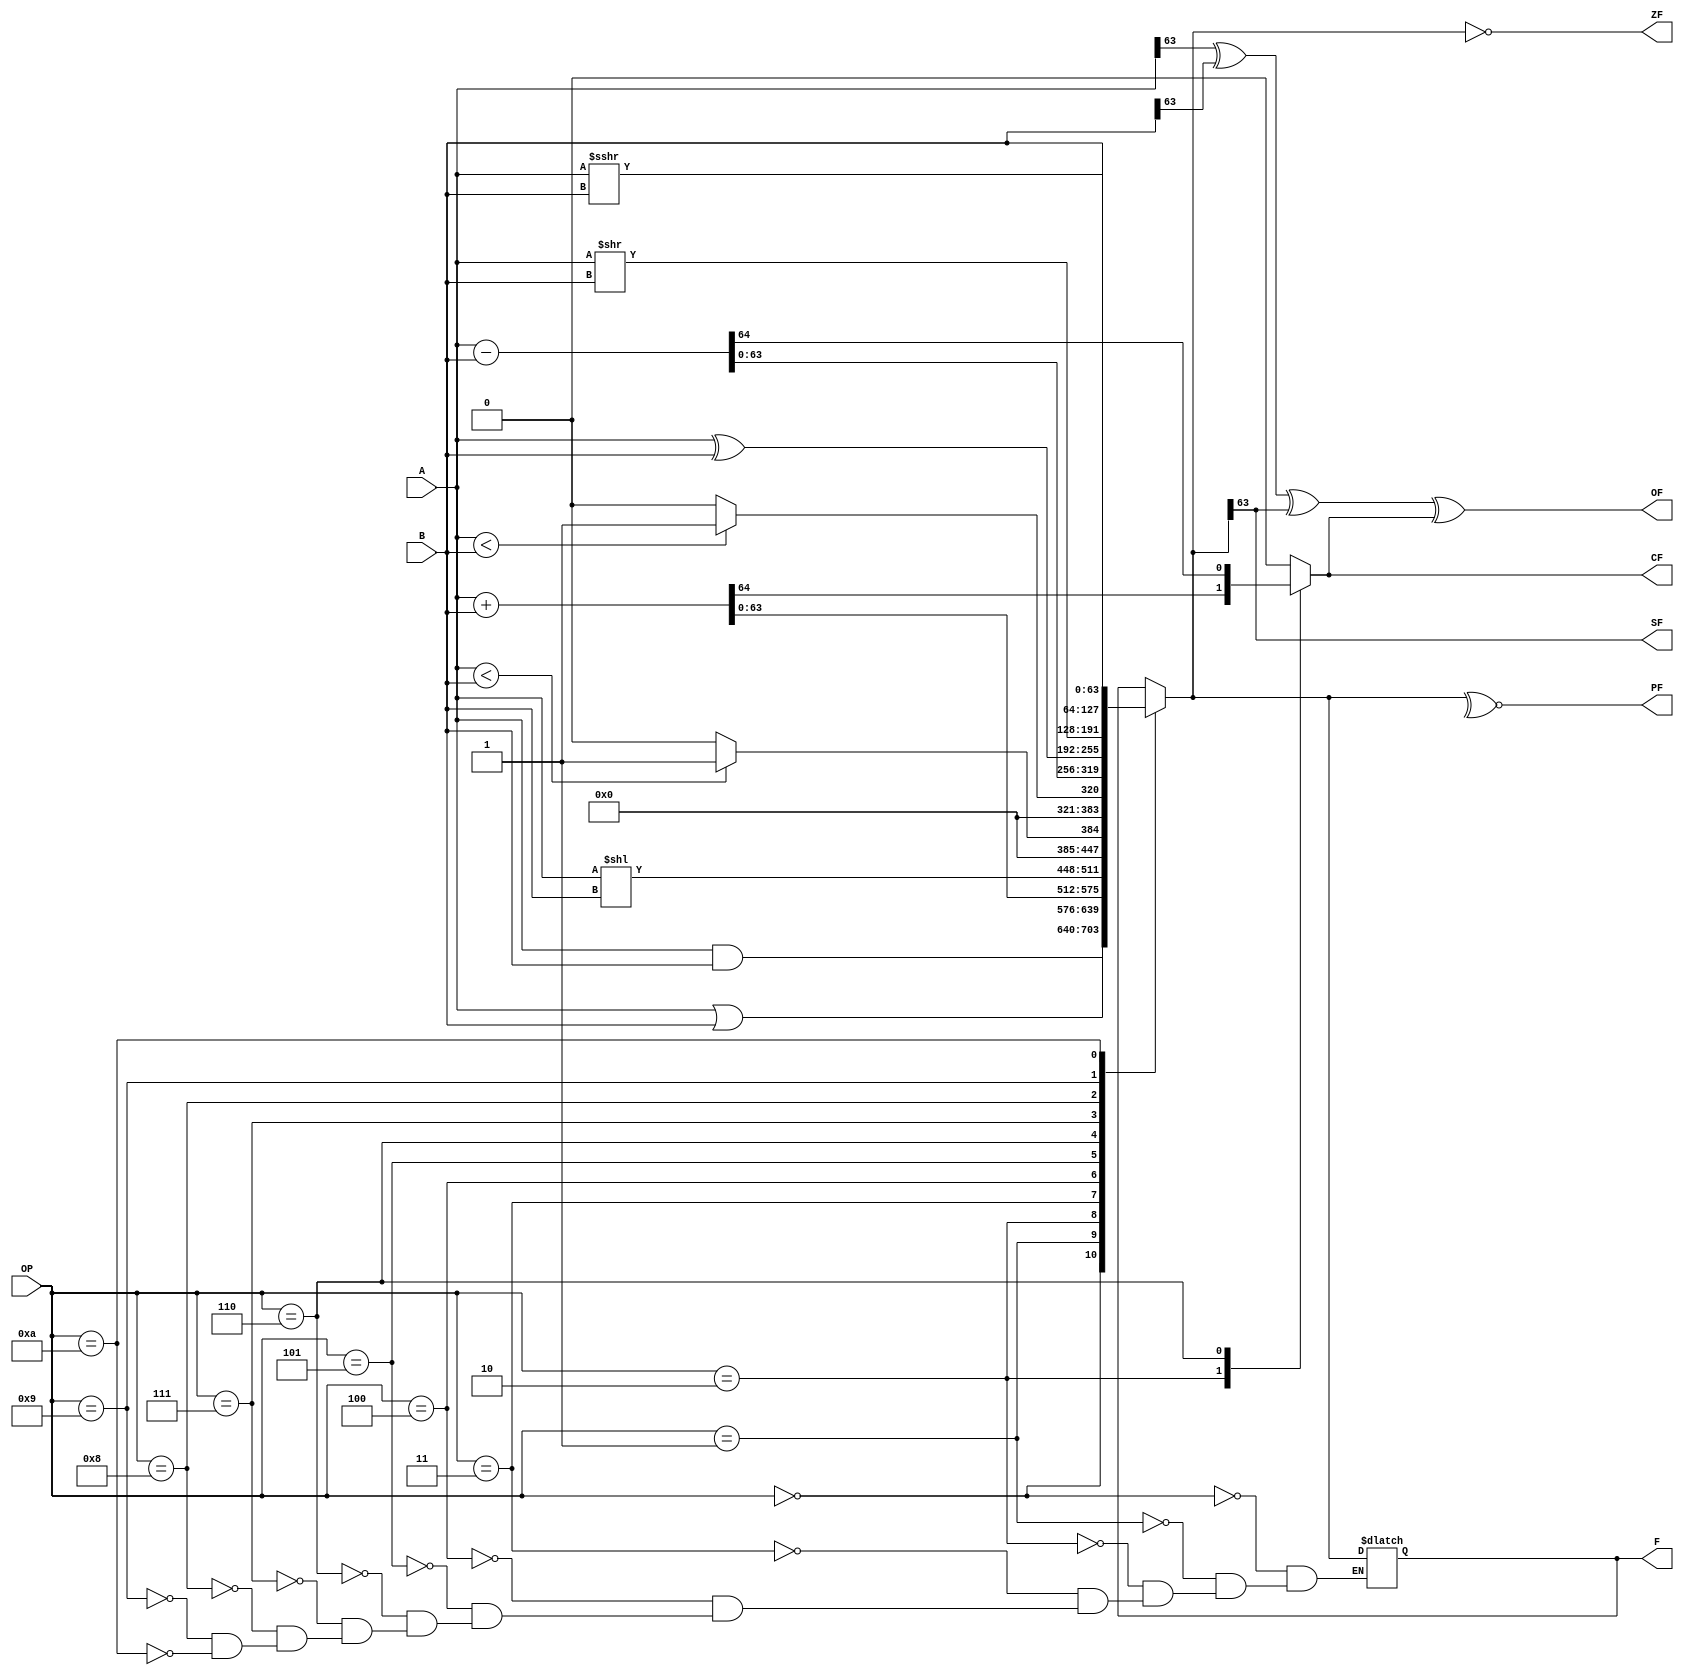
module ALU(OP,A,B,F,ZF,CF,OF,SF,PF);
    parameter SIZE = 64;
    input [3:0] OP;
    input [SIZE-1:0] A;//r1
    input [SIZE-1:0] B;//r2
    output reg [SIZE-1:0] F;//result
    output  ZF, //0, 0()1, 0 
            CF, //, C,C=1CF=1,C=0CF=1
            OF, //OF=10
            SF, //F
            PF; //F1PF=10
    //reg [SIZE:1] F;
    reg C,ZF,CF,OF,SF,PF;//C
    always@(*)
    begin
        C=0;
        case(OP)
            4'b0000:begin F=A&B; end    //and
            4'b0001:begin F=A|B; end    //or
            4'b0010:begin {C,F}=A+B; end    //add
            4'b0011:begin F=A<<B; end //sll
            4'b0100:begin F=($signed(A)<$signed(B))? 1 : 0; end //slt
            4'b0101:begin F=(A<B)? 1 : 0;end //sltu
            4'b0110:begin {C,F}=A-B; end    //sub
            4'b0111:begin F=A^B; end   //xor
				4'b1000:begin F=A>>B; end   //srl
				4'b1001:begin F=($signed(A))>>>B; end   //sra
				4'b1010:begin F=B; end   //lui
        endcase
        ZF = F==0;//F0ZF=1
        CF = C; //
        OF = A[SIZE-1]^B[SIZE-1]^F[SIZE-1]^C;//
        SF = F[SIZE-1];//,F
        PF = ~^F;//F1F=11F=0
    end     
endmodule